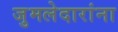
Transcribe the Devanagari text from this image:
जुमलेदारांना